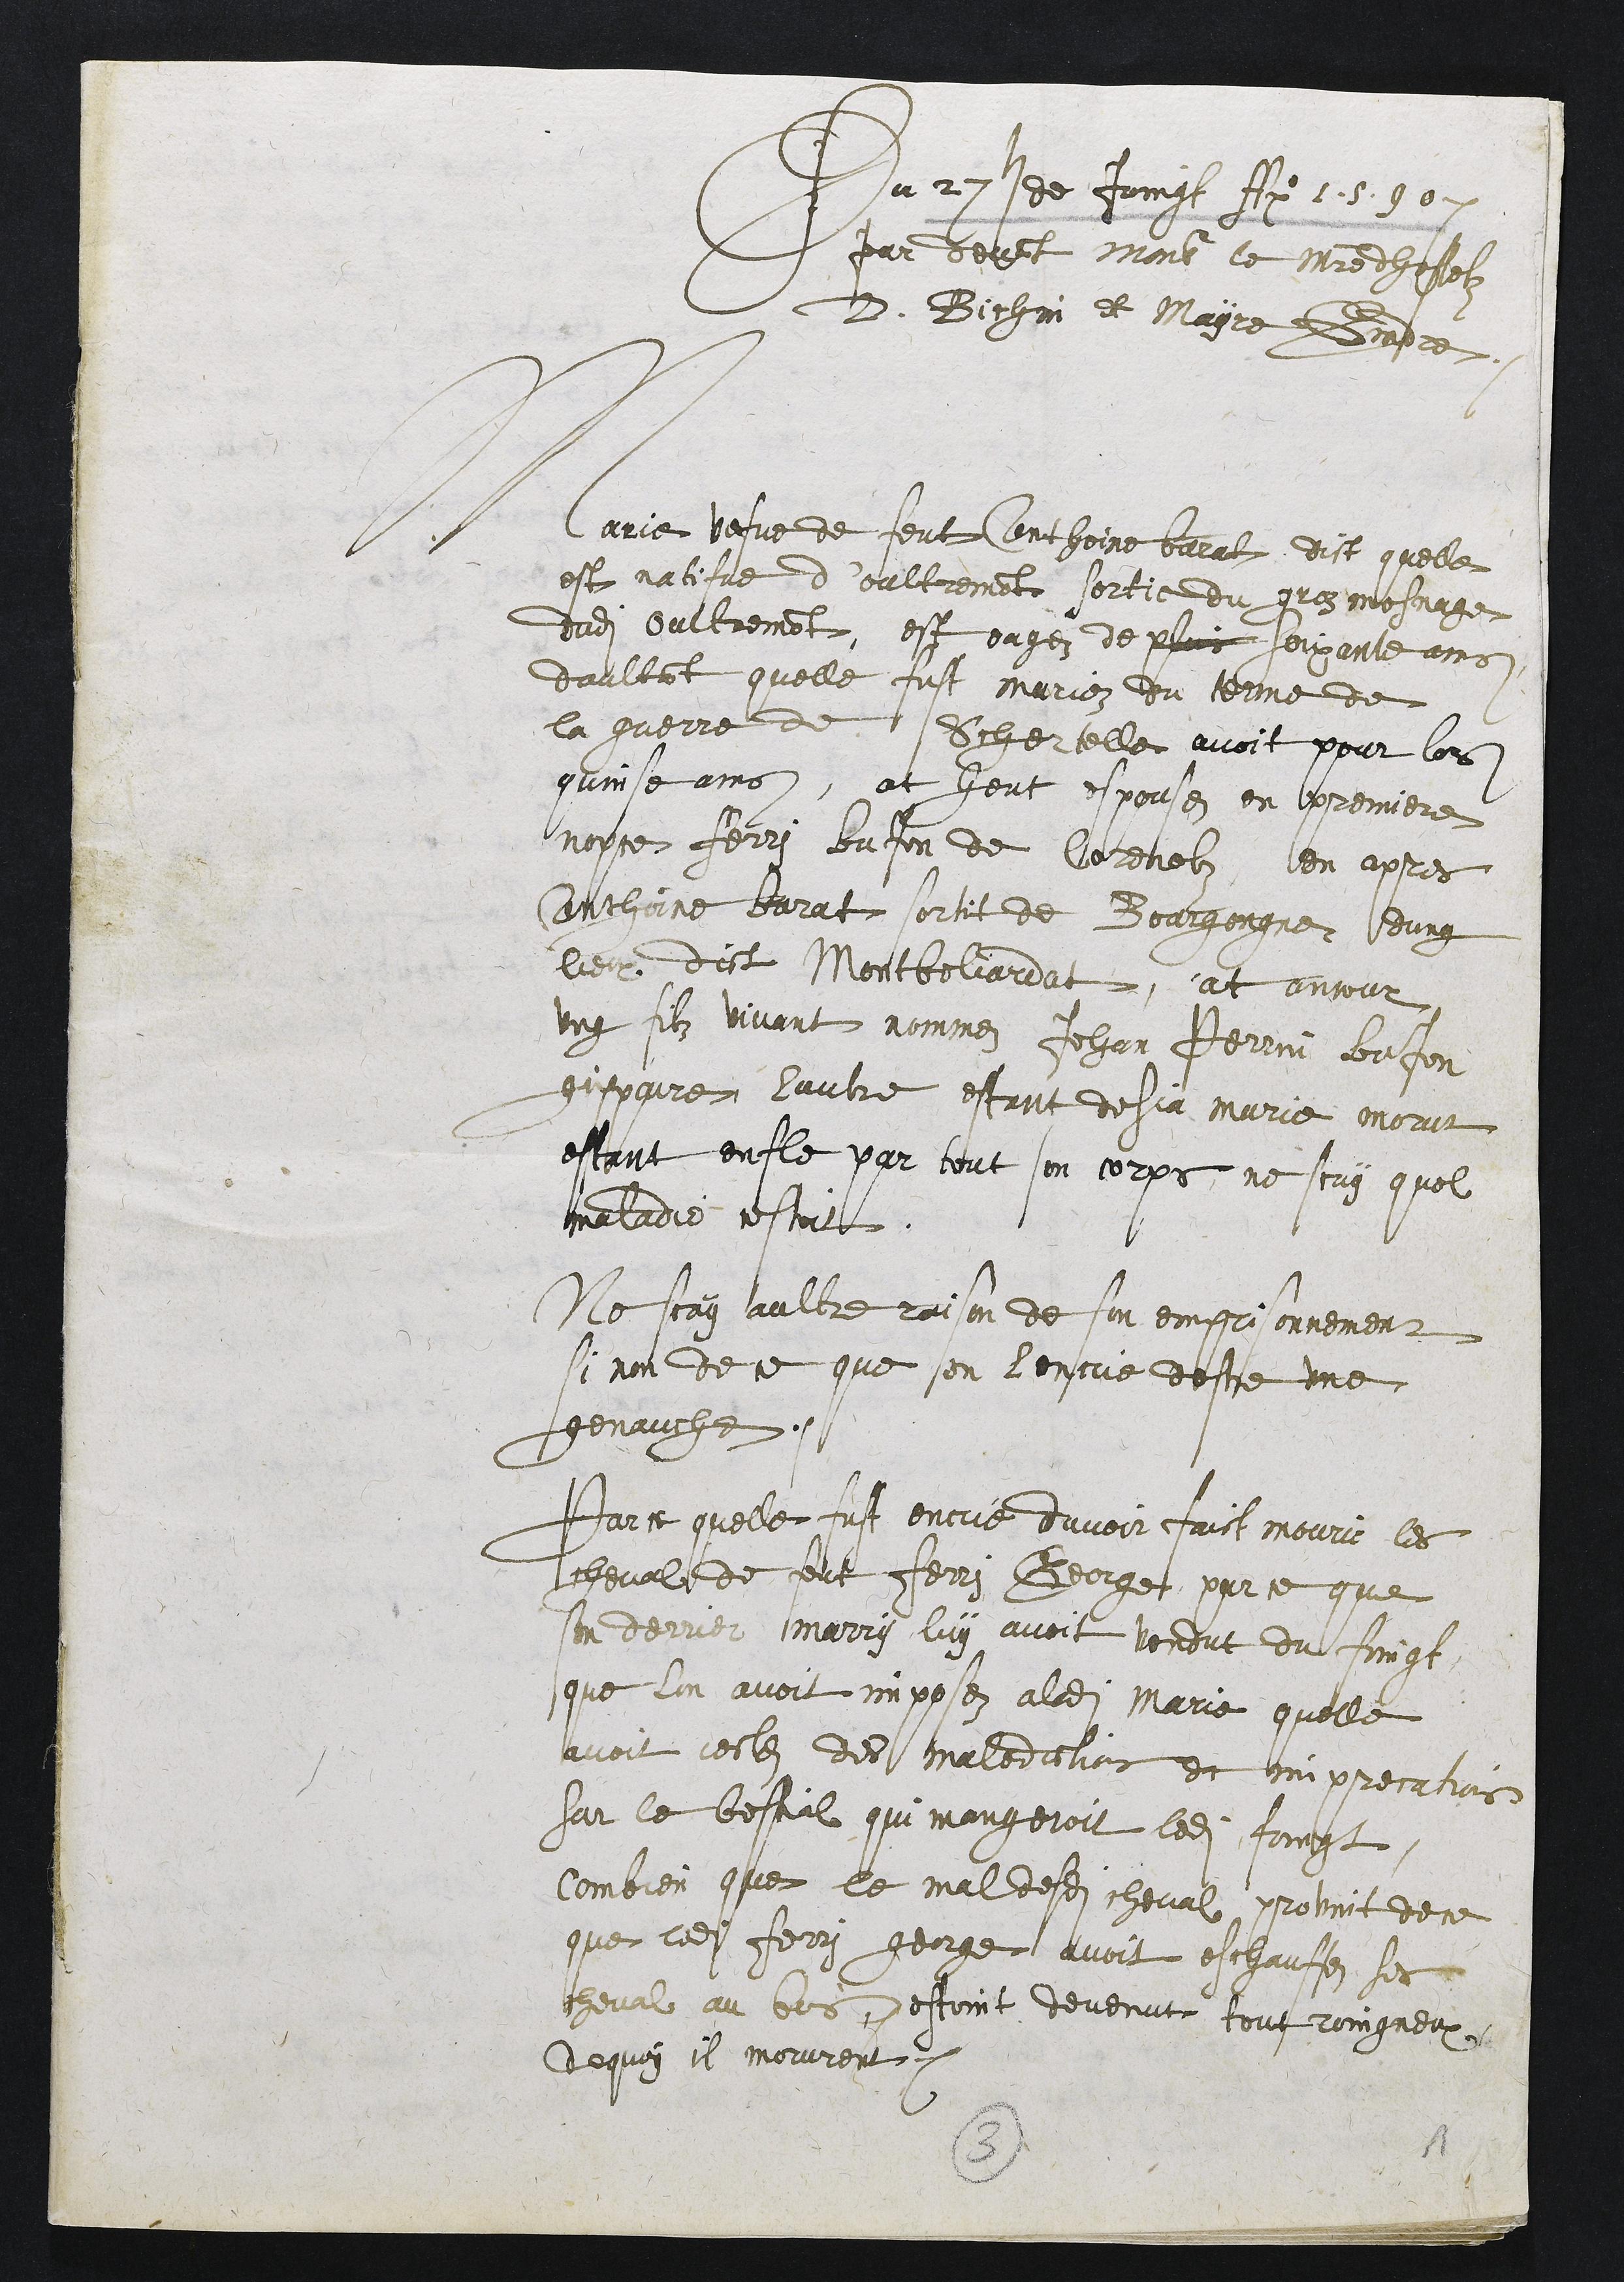
Du 27sde Joingt Ao 5 30
par deunt ment ce maitre dhastelz
D. Bichin et Mayre Gadre
Carie vefve de teut lonthoine barat dist quelle
est natifve doultremant sortie du grez mosmage
dudit oultremant, est ougen de pluis souxante ains
daultat quelle fust marion dou terme de
la gueire de Sohertelle avoit pour lors
quinse ains, at heut espouse en premiere
nopce Ferri Iufon de Corenolz, len apres
Anthoine barat sortit de Boargongne dung
lieu dict Montbeliardat, at ansour
ung filz vvant nommei Jehan Perrin BaJon
gispaire lautre estant desja marie morur
estant enfle par tout son corps ne scay quel
maladie cestoitt.
Ne scay aultre raison de son emprisonnement
si non de ce que son lencie destre une
genauche.
Parce quelle fust encrie duvoir faict mourir les
cheval de feut Ferri Beorge par ce que
son derrier marrg luy avoit vondut du foingt
que lon avoit imposez aladite Marie quelle
avoit cectets des maledictias et imprecatios
sar le bestial qui mangeroit ledit foingt.
Combien que le maldesdits cheval provint dece
que ledit Ferri gerge avoit eschanffoz ses
cheval au bos estoint devenut tout roingneux
dequoy il morurent.